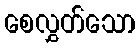
စေလွှတ်သော